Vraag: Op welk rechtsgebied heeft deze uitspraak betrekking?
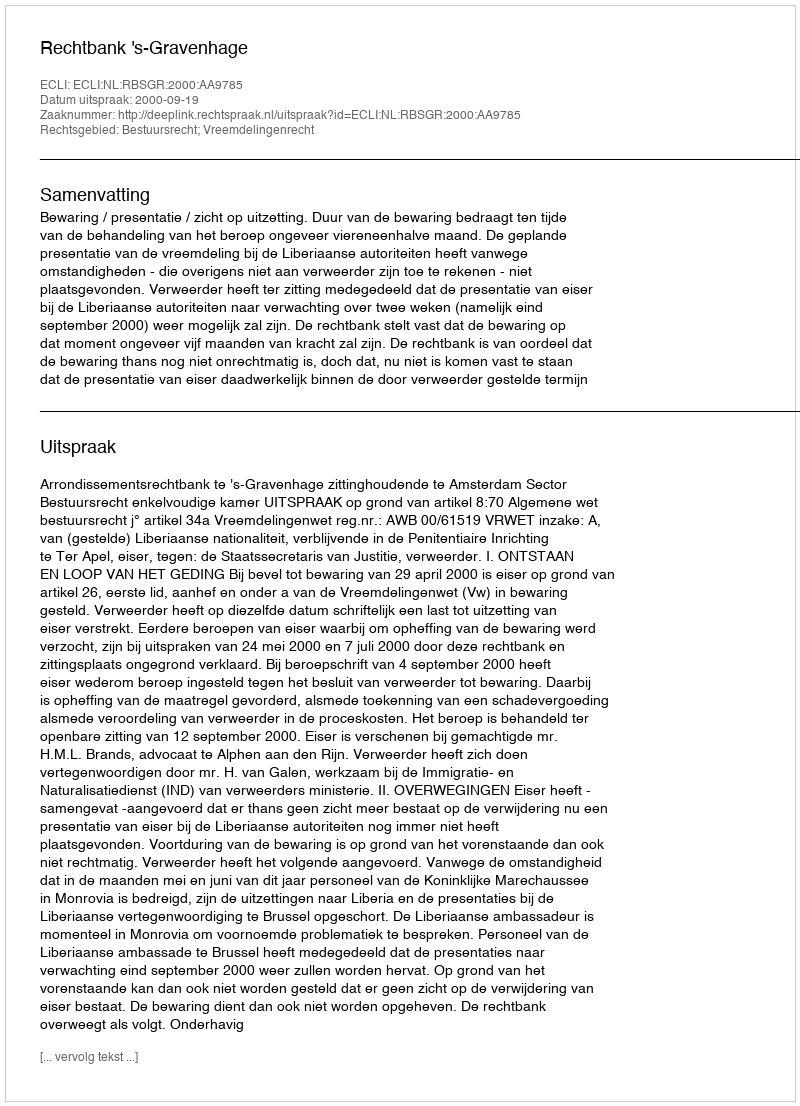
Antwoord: Bestuursrecht; Vreemdelingenrecht